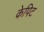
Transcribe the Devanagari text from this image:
केपिट